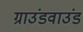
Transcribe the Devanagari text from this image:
ग्राउंडवाउंड